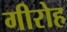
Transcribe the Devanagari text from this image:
गीरोह